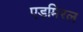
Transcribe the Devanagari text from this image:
एडमिरल